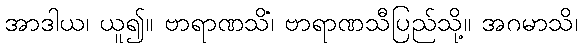
အာဒါယ၊ ယူ၍။ ဗာရာဏသိံ၊ ဗာရာဏသီပြည်သို့။ အဂမာသိ၊